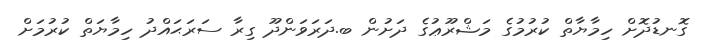
ގޮނޑުދޮށް ހިމާޔާތް ކުރުމުގެ މަޝްރޫޢުގެ ދަށުން ބ.ދަރަވަންދޫ ގިރާ ސަރަޙައްދު ހިމާޔަތް ކުރުމަށް